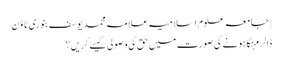
| جامعہ علوم اسلامیہ علامہ محمد یوسف بنوری ٹاؤن
ڈالر مہنگا ہونے کی صورت میں حق کی وصولی کیسے کریں؟